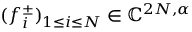
( f _ { i } ^ { \pm } ) _ { 1 \leq i \leq N } \in \mathbb { C } ^ { 2 N , \alpha }